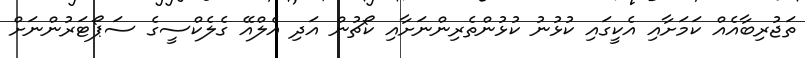
ތަޖުރިބާއެއް ކަމަށާއި އެކީގައި ކުޅުނު ކުޅުންތެރިންނަށާއި ކޯޗުން އަދި އެލްއޭ ގެލެކްސީގެ ސަޕޯޓަރުންނަށް